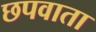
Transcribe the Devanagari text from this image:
छपवाता